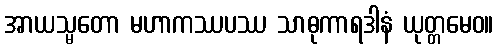
အာယသ္မတော မဟာကဿပဿ သာဓုကာရဒါနံ ယုတ္တမေဝ။